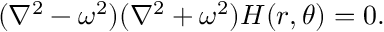
( \nabla ^ { 2 } - \omega ^ { 2 } ) ( \nabla ^ { 2 } + \omega ^ { 2 } ) H ( r , \theta ) = 0 .